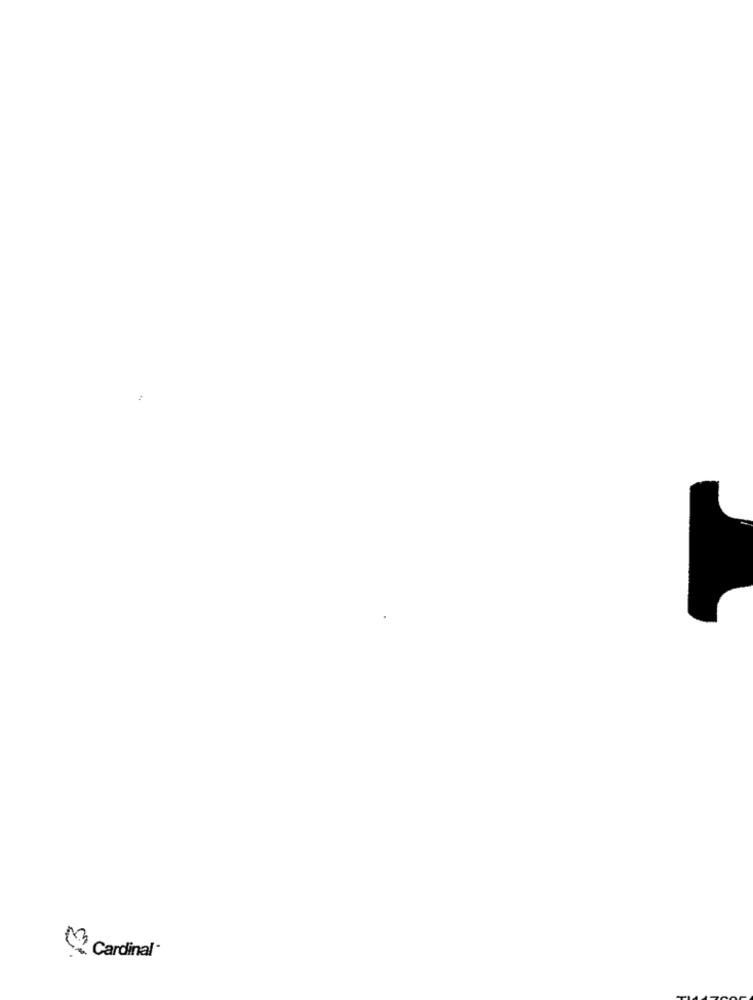
Cardinal-